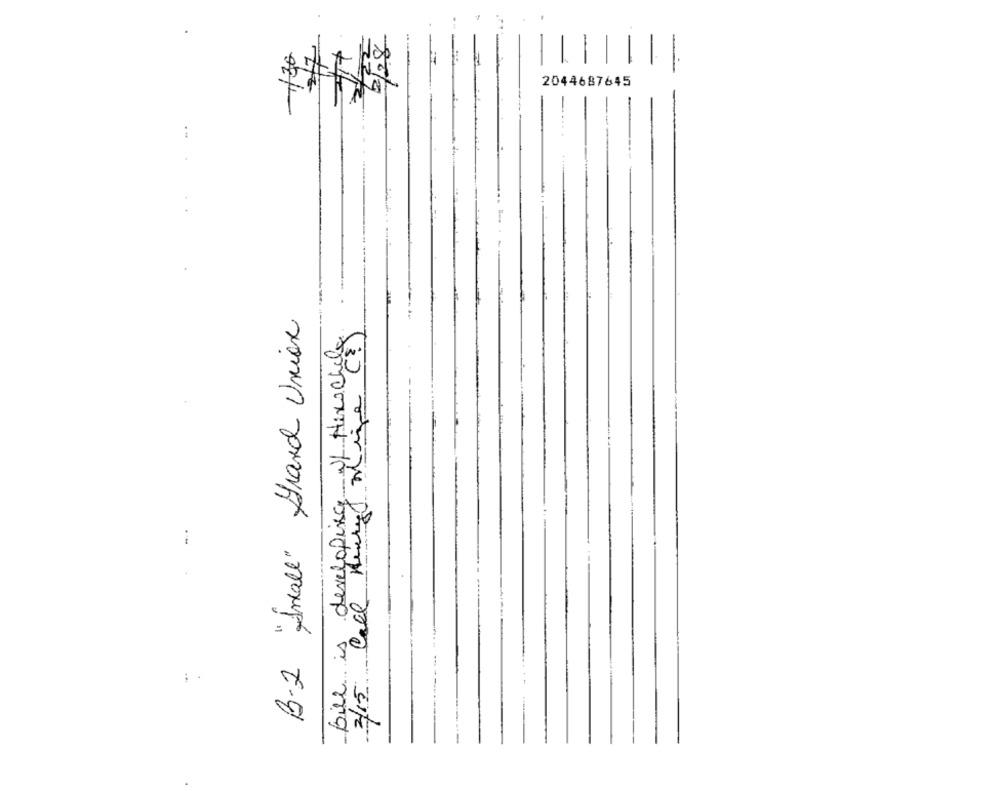
2/28
-1/30
2044687645
B-2 "Small" Grand Union
bill is developing of Hexchile
Line Co
3/15 Cell Kick